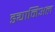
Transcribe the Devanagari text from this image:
ड्यानिअल